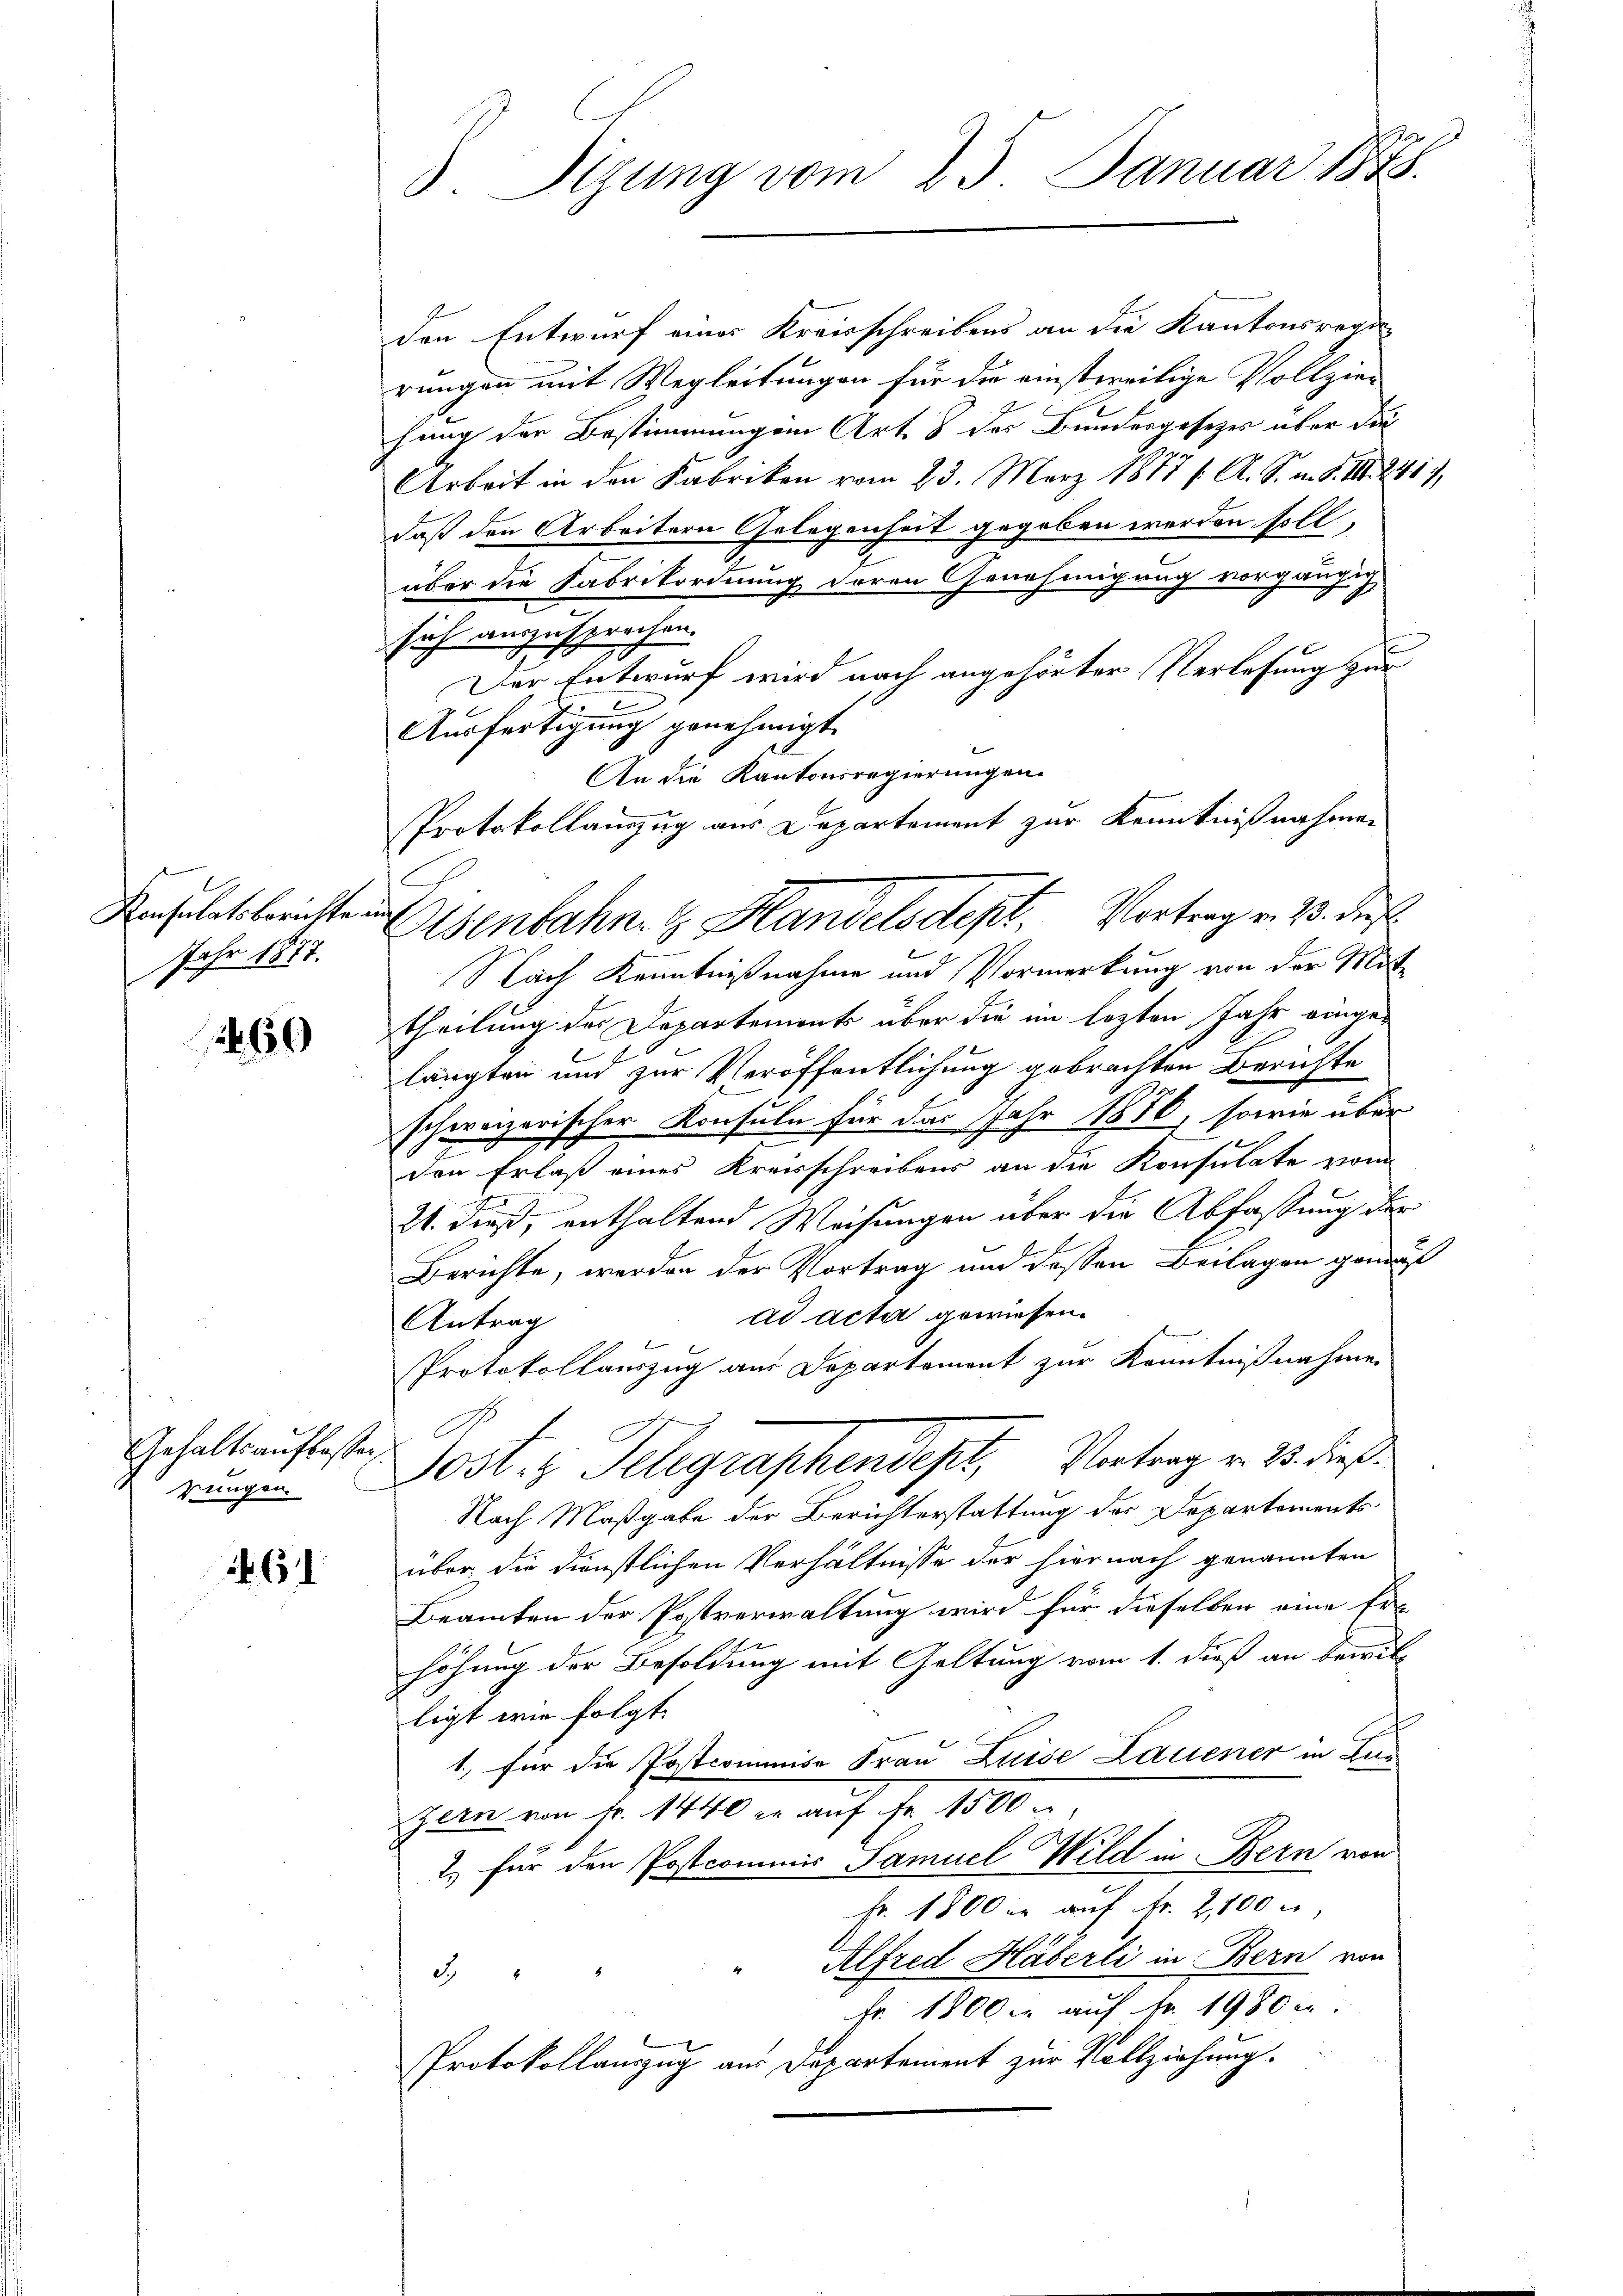
Jahr 1877.

469

Gehaltsauflassen
rungen.

61

den Entwurf einer Kreisschreibens an die Kantonsregirungen mit Wegleitungen für die einstweilige Vollzier
hung der Bestimmungen Art. 8 des Bundergesetzes über die
Arbeit in den Fabriken vom 23. März 1877 f. A. S. n. F. III 248.
daß den Arbeitern Gelegenheit gegeben werden soll.
über die Fabrikordnung deren Genehmigung vorgängig
sich auszusprochen.
Der Entwurf wird nach angehörter Verlesung zur
Ausfertigung genehmigt.
An die Kantonsregierungen.
Nach Kenntnißnahme und Vormerkung von der Mitttheilung des Departements über die im lezten Jahr einge¬
.
langten und zur Veröffentlichung gebrachten Berichte
schweizerischer Konsuln für das Jahr 1810, sowie über
den Erlaß eines Kreisschreibens an die Konsulate vom
21. dieß, enthaltend Weisungen über die Abfassung der
Berichte, werden der Vortrag und dessen Beilagen genau
ad acta gewiesen.
Antrag
Protokollauszug aus Departement zur Kenntnißnahmen
Jost z. Telegraphendepl, Vortrag v. 15. dieß
Nach Maßgabe der Berichterstattung des Departements
über die dienstlichen Verhältnisse der hiernach genannten
Beamten der Postverwaltung wird für dieselben eine Er-
höhung der Besoldung mit Geltung vom 1. dieß an bewilligt wie folgt.
1., für die Postcommise Frau Luise Laciener in Kur
Zern von Fr. 1440 er auf Fr. 1500
2. für den Postcommis Samuel Wild in Bern von
Fr. 1800 in auf Fr. 2,100 r
Alfred Häberli in Bern von
3.
Fr. 1800. auf Nr. 1980 c:
Protokollanzzug aus Departement zur Vollziehung.

d. Sizung vom 23. Januar 1878.

Protokollamzug aus Departement zur Kenntnißnahmen
Kahletlerichte Eisenbahn. G. Handelsdept. Vortrag v. 23. des